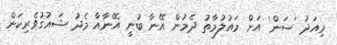
މިއަދު 'ސަން' އަށް މައުލުމާތު ދެމުން އޭނާ ބުނީ އޭނާއާ މެދު ޝައުގުވެރިކަން